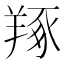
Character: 𦎜